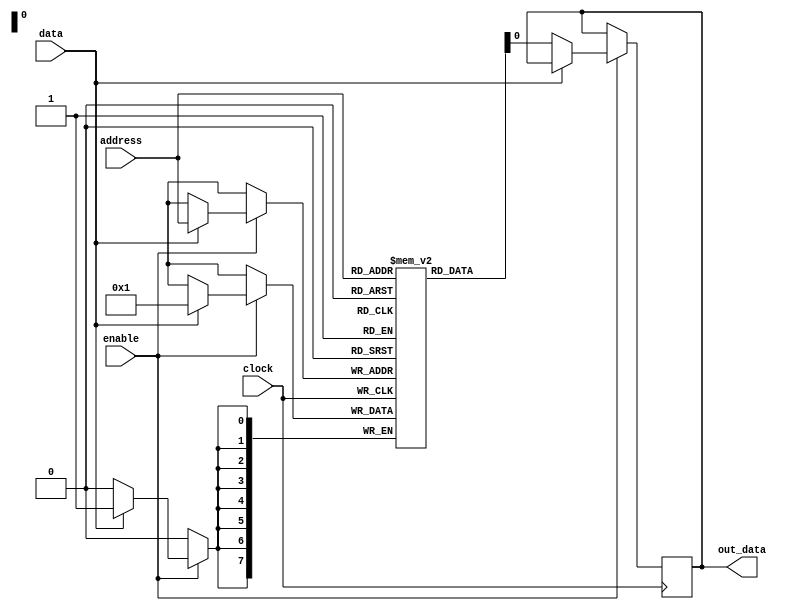
module EEPROM (
    input wire [7:0] address,
    input wire enable,
    input wire clock,
    input wire data,
    output reg out_data
);

reg [7:0] memory [0:255];

always @(posedge clock) begin
    if(enable) begin
        if(data) begin
            memory[address] <= data;
        end else begin
            out_data <= memory[address];
        end
    end
end

endmodule